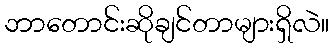
ဘာတောင်းဆိုချင်တာများရှိလဲ။